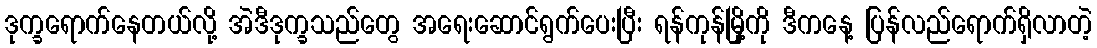
ဒုက္ခရောက်နေတယ်လို့ အဲဒီဒုက္ခသည်တွေ အရေးဆောင်ရွက်ပေးပြီး ရန်ကုန်မြို့ကို ဒီကနေ့ ပြန်လည်ရောက်ရှိလာတဲ့